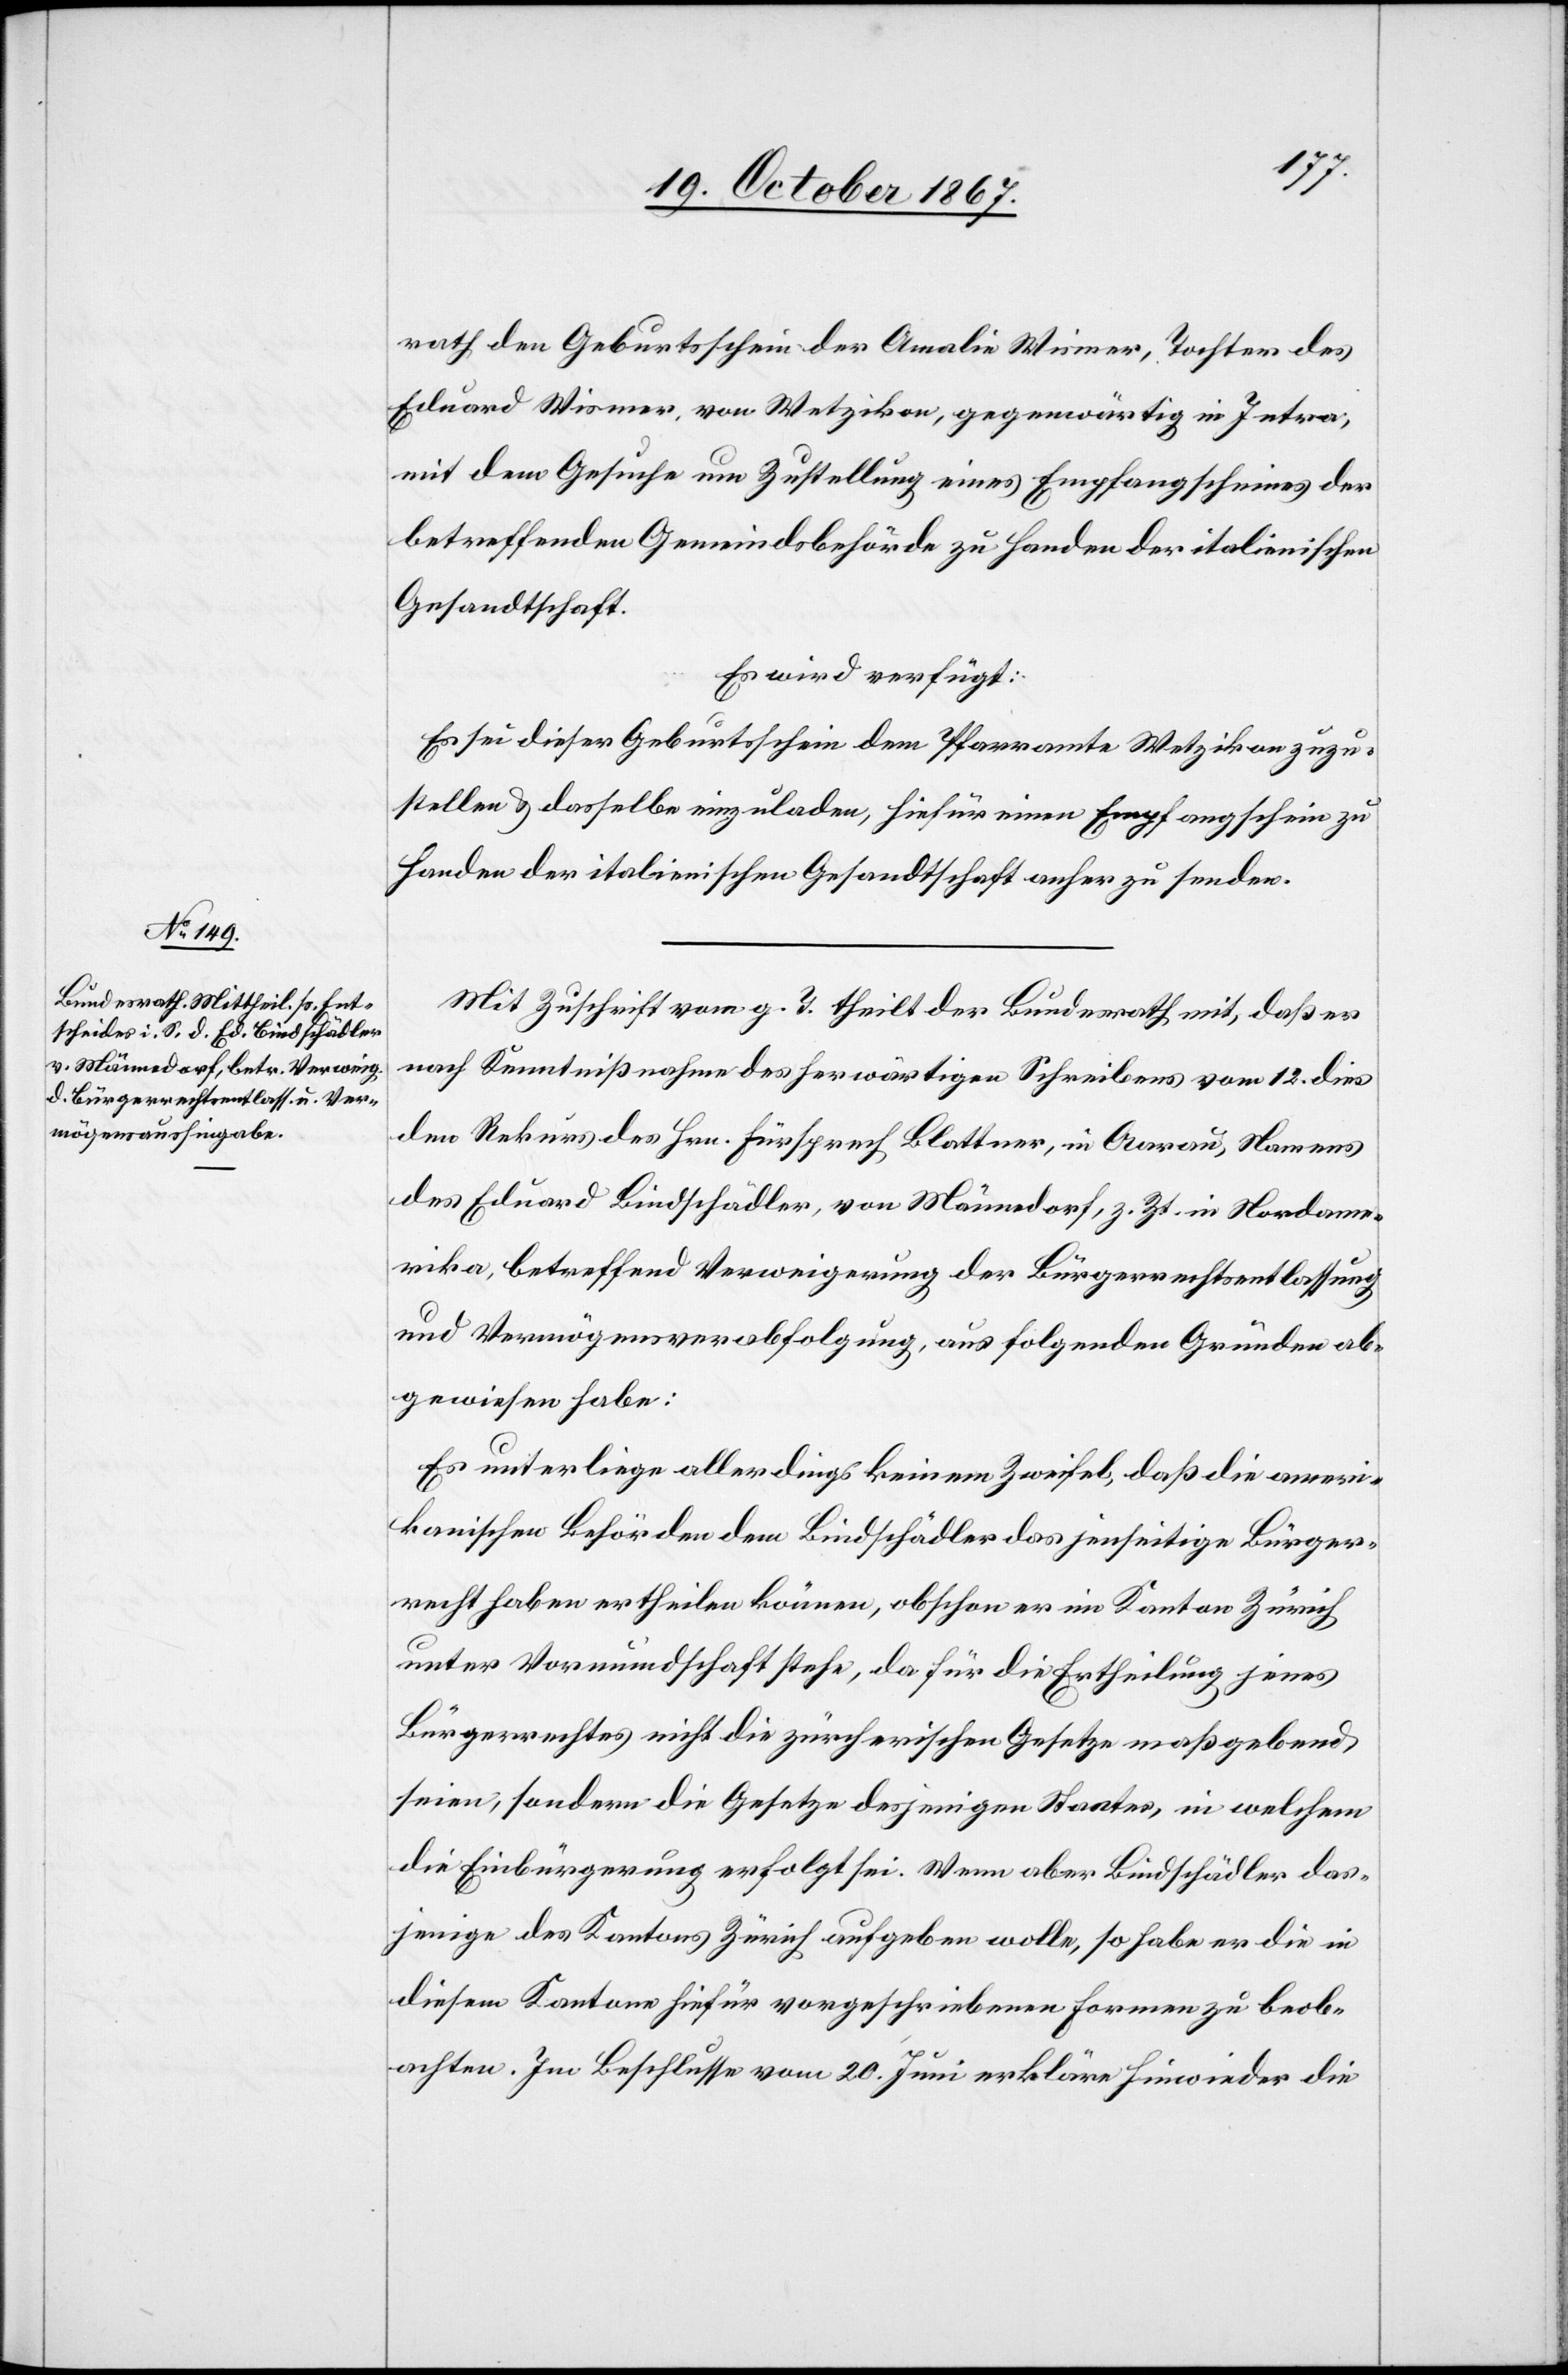
mögensaushingabe,

Ver¬
22. October 1867.]
rath den Geburtsschein der Amalie Wismer, Tochter des
Eduard Wismer, von Wetzikon, gegenwärtig in Intra,
mit dem Gesuche um Zustellung eines Empfangscheines der
betreffenden Gemeindsbehörde zu Handen der italienischen
Gesandtschaft.
Mit Zuschrift vom g. T. theilt der Bundesrath mit, daß er
nach Kenntnißnahme des herwärtigen Schreibens vom 12. dies
den Rekurs des Hrn. Fürsprech Blattner, in Aarau, Namens
des Eduard Bindschädler, von Männedorf, z. Zt. in Nordame¬
rika, betreffend Verweigerung der Bürgerrechtsentlassung
abgewiesen habe:
Es unterliege allerdings keinem Zweifel, daß die ameri¬
kanischen Behörden dem Bindschädler das jenseitige Bürger¬
recht haben ertheilen können, obschon er im Kanton Zürich
unter Vormundschaft stehe, da für die Ertheilung jenes
Bürgerrechtes nicht die zürcherischen Gesetze maßgebend
seien, sondern die Gesetze desjenigen Staates, in welchem
die Einbürgerung erfolgt sei. Wenn aber Bindschädler das¬
jenige des Kantons Zürich aufgeben wolle, so habe er die in
diesem Kantone hiefür vorgeschriebenen Formen zu be¬
achten. Im Beschlusse vom 20. Juni erkläre hinwieder die